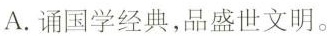
A.诵国学经典，品盛世文明。